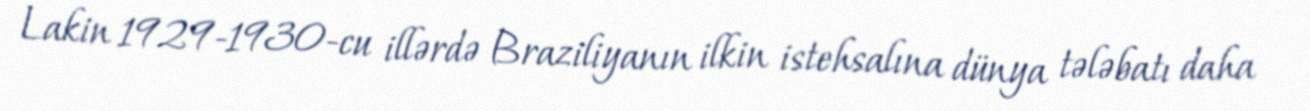
Lakin 1929-1930-cu illərdə Braziliyanın ilkin istehsalına dünya tələbatı daha